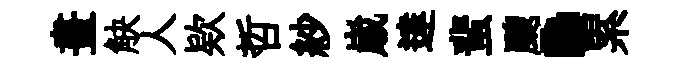
畫觖人欵哲紗𡻕達蜚颼·累